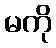
မကို